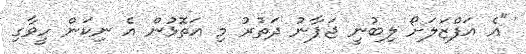
"އެ އަފްޒަލަށޯ ލިބުނީ ޖަޕާނު ދަތުރު މި އަތޮޅުން އެ ނިކަން ހީވާގި